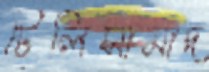
টেলিসামাদ